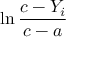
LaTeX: \ln { \frac { c - Y _ { i } } { c - a } }